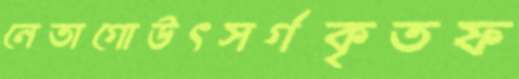
নেতাগোউৎসর্গকৃতফ